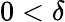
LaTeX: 0<\delta